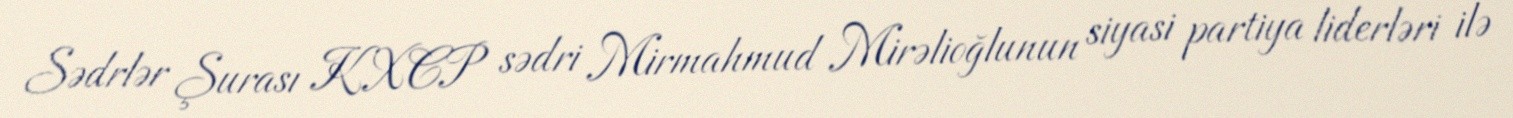
Sədrlər Şurası KXCP sədri Mirmahmud Mirəlioğlunun siyasi partiya liderləri ilə